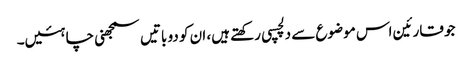
جو قارئین اس موضوع سے دلچسپی رکھتے ہیں، ان کو دو باتیں سمجھنی چاہئیں۔